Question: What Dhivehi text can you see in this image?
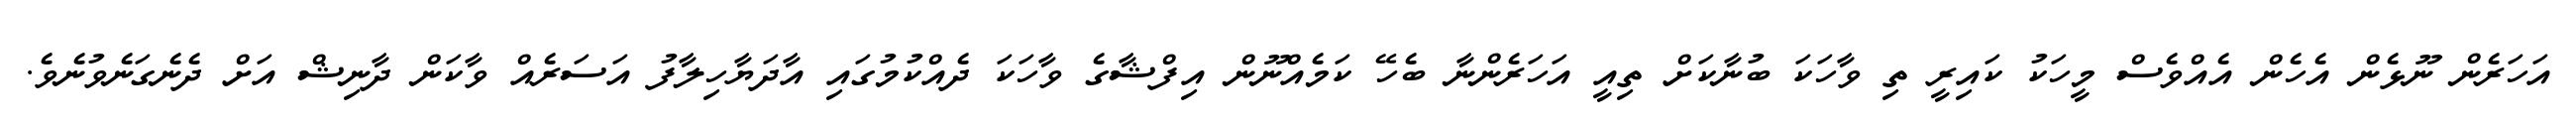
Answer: އަހަރެން ނޫޅެން އެހެން އެއްވެސް މީހަކު ކައިރީ ތި ވާހަކަ ބުނާކަށް ތިއީ އަހަރެންނާ ބެހޭ ކަމެއްނޫން އިފްޝާގެ ވާހަކަ ދެއްކުމުގައި އާދަޔާހިލާފު އަސަރެއް ވާކަން ދާނިޝް އަށް ދެނެގަނެވުނެވެ.